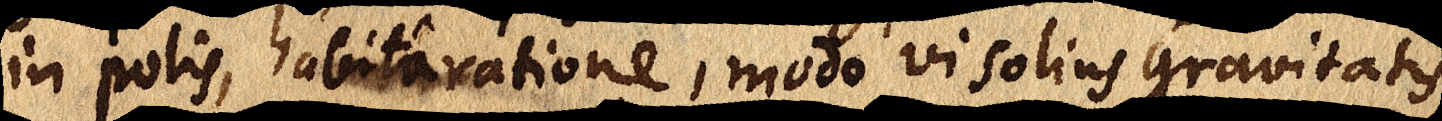
in polis, habita ratione, modo vi solius gravitatis